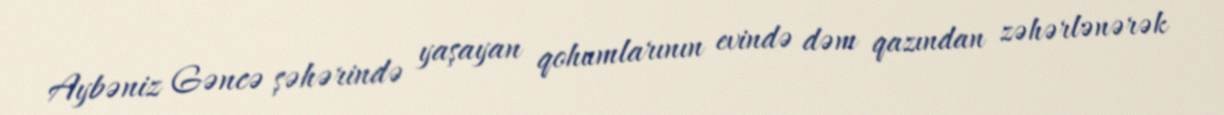
Aybəniz Gəncə şəhərində yaşayan qohumlarının evində dəm qazından zəhərlənərək